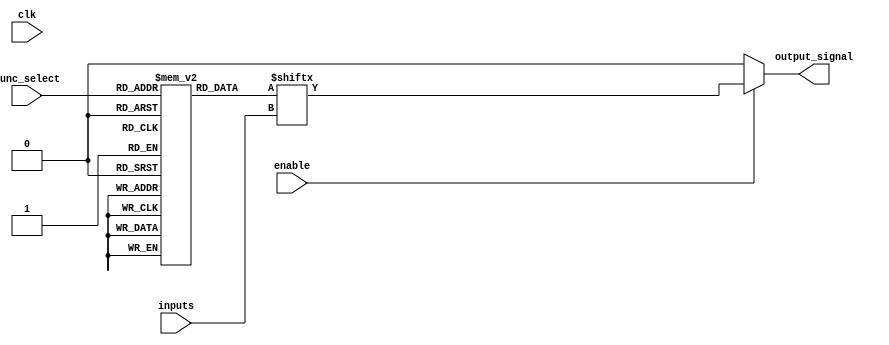
module CLB (
    input wire [3:0] inputs,        // 4-bit input for LUT
    input wire [1:0] func_select,   // Function select for LUT (00: AND, 01: OR, 10: XOR, 11: NOT)
    input wire enable,               // Enable signal for the CLB
    output wire output_signal,       // Output signal from the CLB
    input wire clk                   // Clock signal for configuration
);

    // Internal signal for LUT output
    wire lut_output;

    // LUT implementation based on function select
    reg [15:0] lut [0:3]; // LUT for 4 functions (AND, OR, XOR, NOT)
    
    initial begin
        // Initialize LUT with logic functions
        lut[0] = 16'b0000000000000000; // AND function
        lut[1] = 16'b1111111111111111; // OR function
        lut[2] = 16'b1010101010101010; // XOR function
        lut[3] = 16'b1111111111111111; // NOT function (inverted output)
    end

    // Logic function selection
    assign lut_output = lut[func_select][inputs];

    // Output generation based on enable signal
    assign output_signal = enable ? lut_output : 1'b0;

endmodule